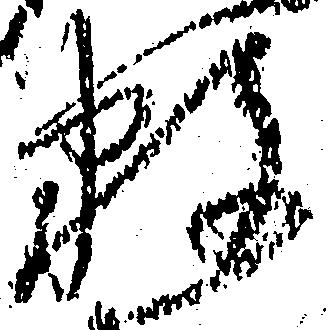
数